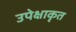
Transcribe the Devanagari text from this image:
उपेक्षाकृत